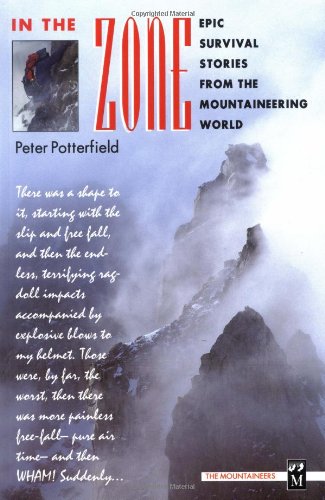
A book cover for In the Zone; Peter Potterfield; Travel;